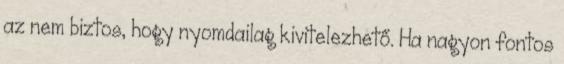
az nem biztos, hogy nyomdailag kivitelezhető. Ha nagyon fontos